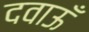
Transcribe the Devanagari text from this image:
दवाऊँ